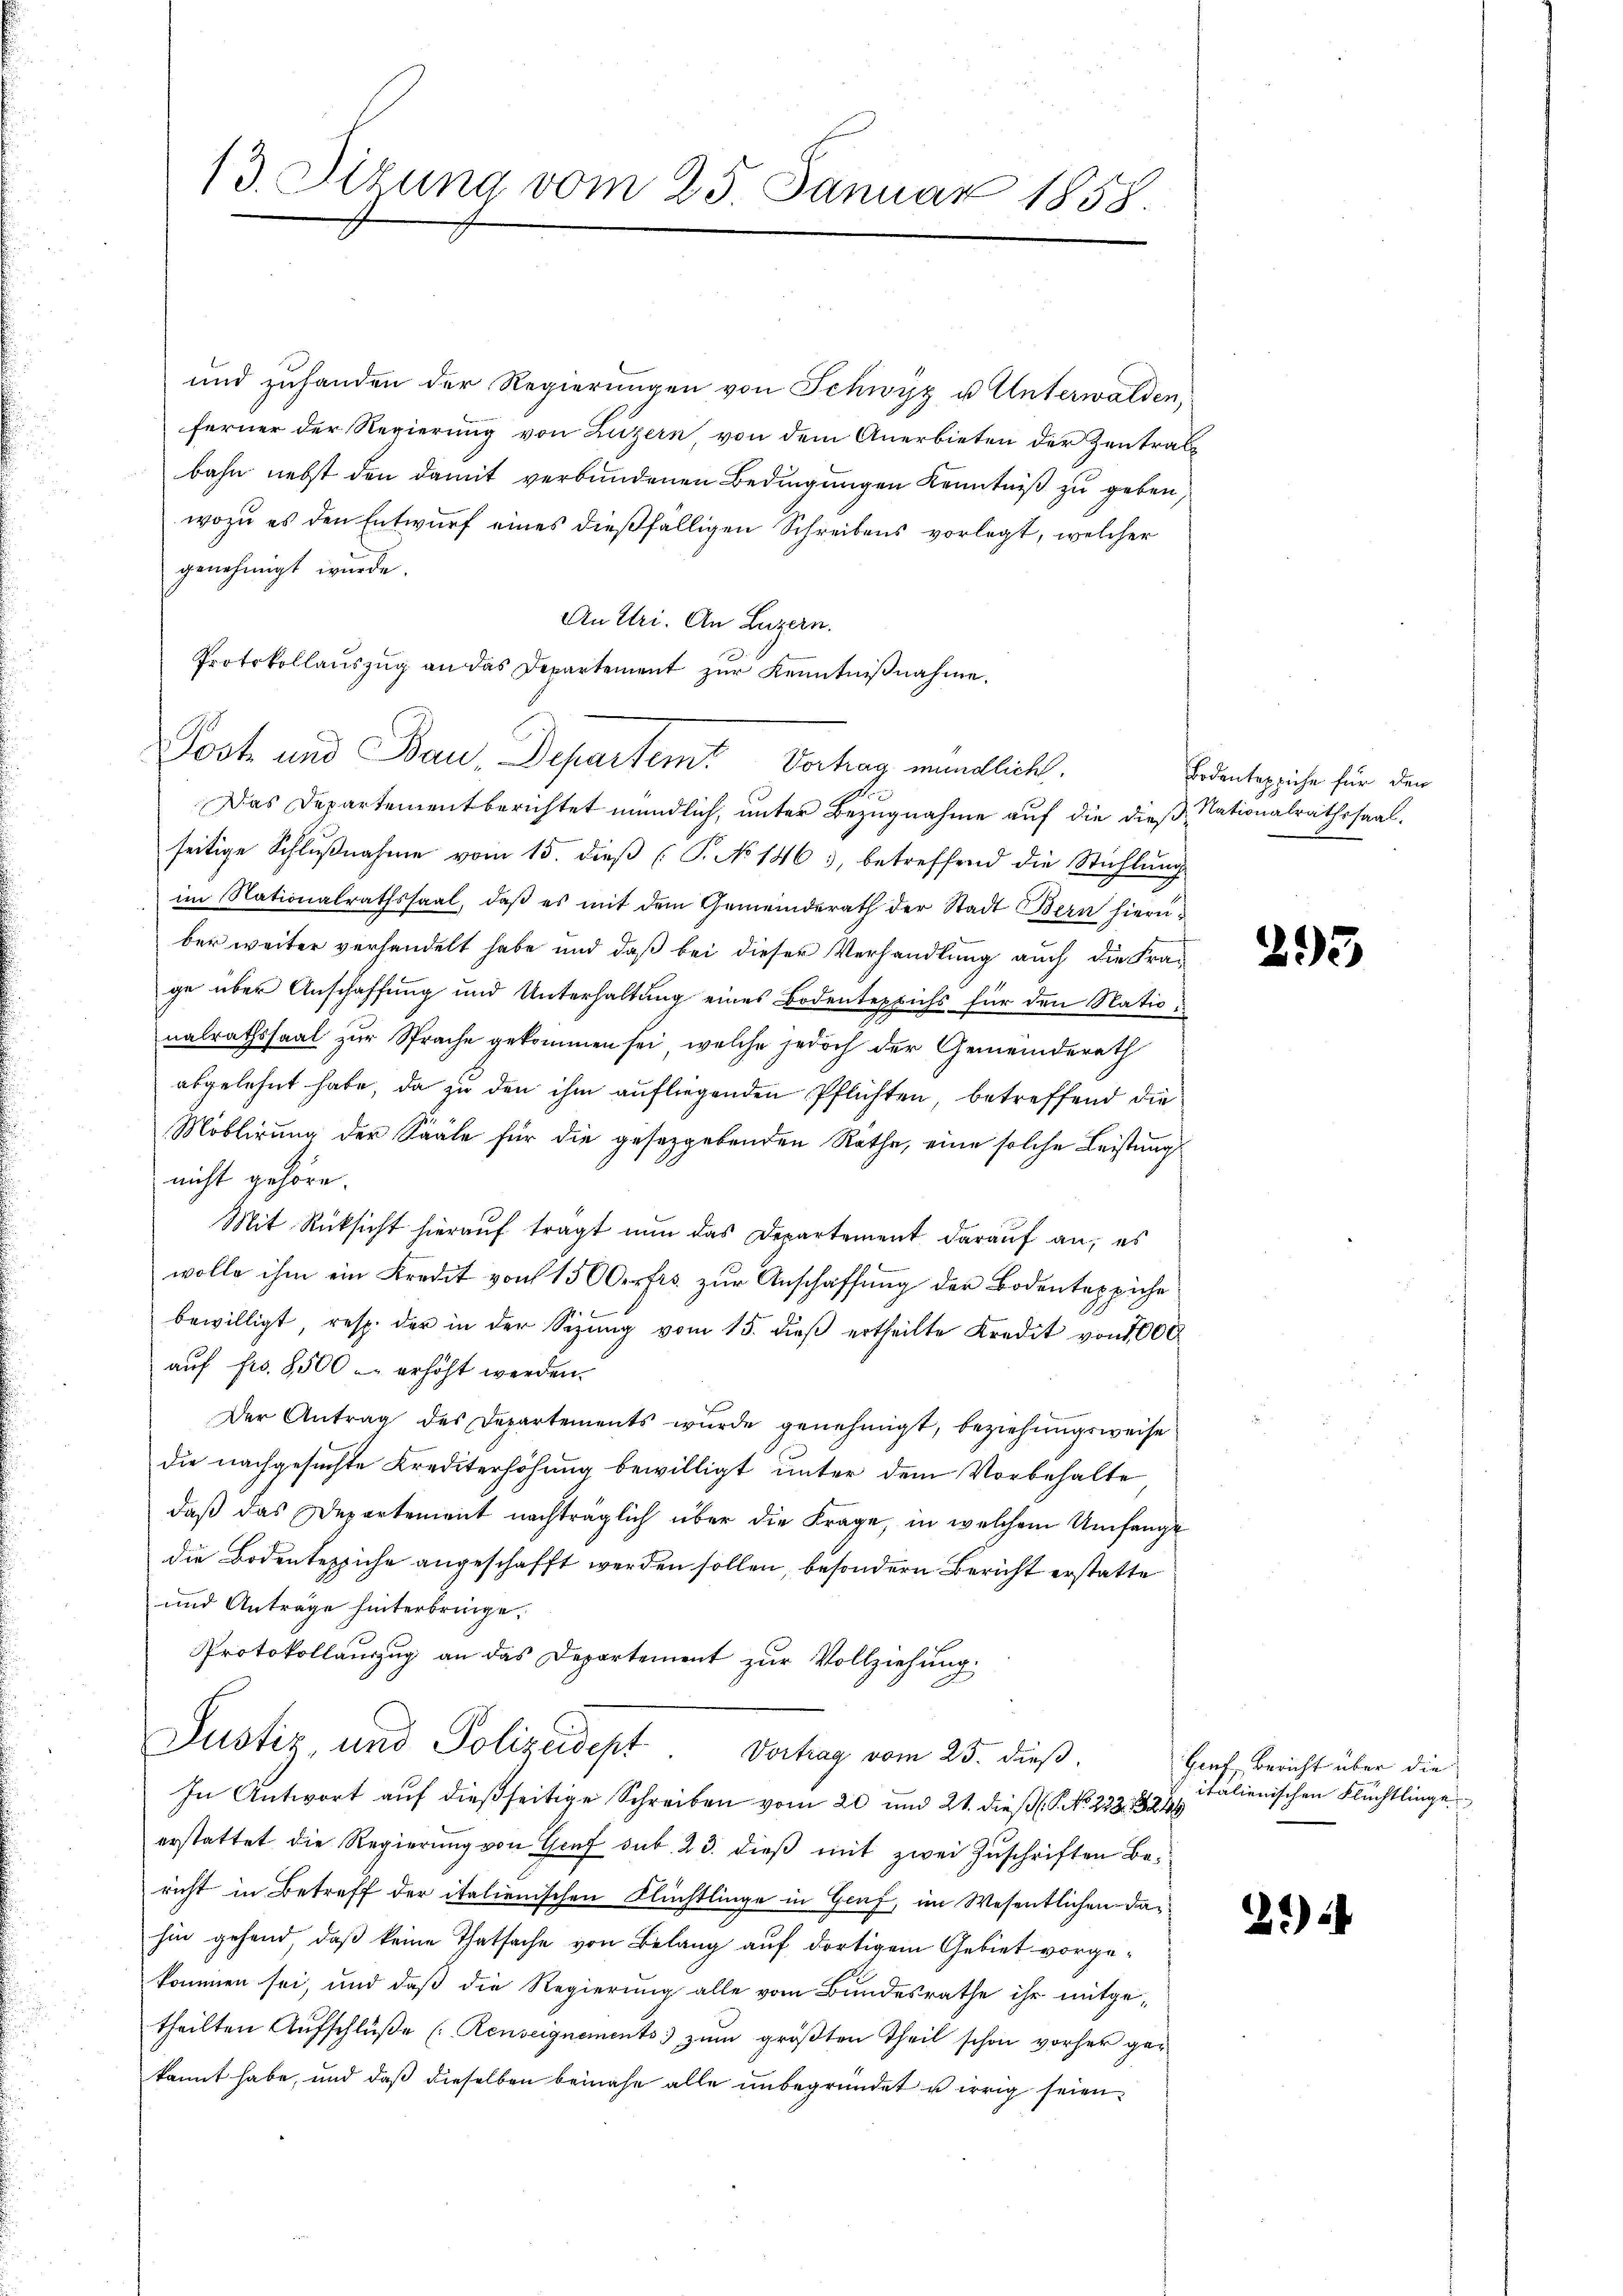
Das Departement berichtet mündlich, unter Bezugnahme auf die dieß Nationalrathssaalseitige Schlŭβnahme vom 15. dieβ (T. No 146, betreffend die Stichlŭng
im Nationalrathssaal, daß es mit dem Gemeinderath der Stadt Bern hierüber weiter verhandelt habe und daß bei dieser Verhandlung auch die Frage über Anschaffung und Unterhaltung eines Bodenteppichs für den Natio
nalrathssaal zur Sprache gekommen sei, welche jedoch der Gemeinderath
abgelehnt habe, da zu den ihm aufliegenden Pflichten, betreffend die
Möblirung der Sääle für die gesetzgebenden Räthe, eine solche Leistung
nicht gehöre.
Mit Rücksicht hierauf tragt nun das Departement darauf an, es
wolle ihm ein Kredit von 150 Ortes zŭr Anschaffung der Bodenteppiche
bewilligt, resp. der in der Sizŭng vom 15. dieβ ertheilte Kredit von 1000
auf Fr. 8500 - erhöht werden.
Der Antrag des Departements wurde genehmigt, beziehungsweise
die nachgesuchte Krediterhöhung bewilligt unter dem Vorbehalte
daß das Departement nachträglich über die Frage, in welchem Umfange
die Bodenteppiche angeschafft werden sollen, besondern Bericht erstatte
und Anträge hinterbringe.
Protokollauszug an das Departement zur Vollziehung.
Justiz, und Polizeidept. Vorhag vom 25. dieß.
In Antwort auf dießseitige Schreiben vom 20 und 21. dieß (P. No. 233. 1824
erstattet die Regierung von Graf sub. 23. dieß mit zwei Zuschriften Bericht in Betreff der italienischen Flüchtlinge in Graf, im Wesentlichen dahin gehend, daß keine Thatsache von Belang auf dortigem Gebiet vorgekommen sei, und daß die Regierung alle vom Bundesrathe ihr mitgetheilten Aufschlüße (Renseignements zum größten Theil schon vorher gekannt habe, und daß dieselben beinahe alle unbegründet u irrig seien.

13. Dezung vom 25. Januar 1858.

und zuhanden der Regierŭngen von Schwyz u. Unterwalden,
ferner der Regierung von Luzern, von dem Anerbieten der Zentrag
bahn nebst den damit verbundenen Bedingungen Kenntniß zu geben,
wozu es den Entwurf eines dießfälligen Schreibens vorlegt, welcher
genehmigt wurde.
An Uri. An Luzern.
Protokollaŭszŭg an das Departement zŭr Kenntniβnahme.

Post und Bau, Departemt Vortrag mündlich.

Bodenteppiche für den

293

Genf, Bericht über die
italienischen Flüchtlinge

29)